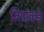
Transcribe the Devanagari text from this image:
तिघांकडे